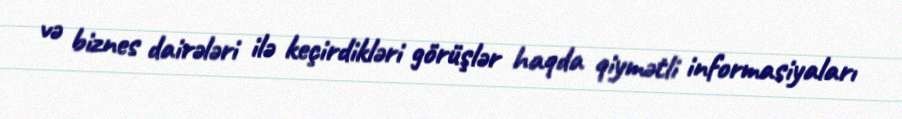
və biznes dairələri ilə keçirdikləri görüşlər haqda qiymətli informasiyaları